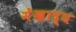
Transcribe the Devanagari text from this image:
मेंखाद्य